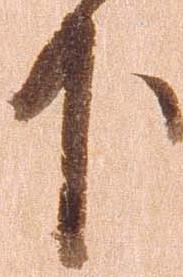
下